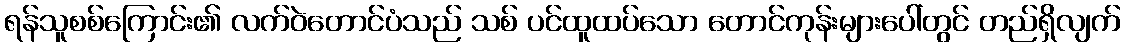
ရန်သူစစ်ကြောင်း၏ လက်ဝဲတောင်ပံသည် သစ် ပင်ထူထပ်သော တောင်ကုန်းများပေါ်တွင် တည်ရှိလျက်